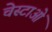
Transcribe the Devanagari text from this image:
चेस्टाओं